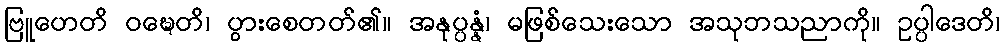
ဗြူဟေတိ ဝဍ္ဎေတိ၊ ပွားစေတတ်၏။ အနုပ္ပန္နံ၊ မဖြစ်သေးသော အသုဘသညာကို။ ဥပ္ပါဒေတိ၊